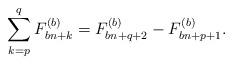
LaTeX: \begin{align*}\sum_{k=p}^{q}F_{bn+k}^{\left(b\right)}=F_{bn+q+2}^{\left(b\right)}-F_{bn+p+1}^{\left(b\right)}.\end{align*}